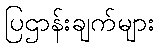
ပြဌာန်းချက်များ